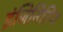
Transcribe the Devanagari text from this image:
इंजिनिरिंग